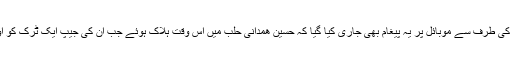
اس کے ساتھ ہی پاسداران انقلاب کے بعض ارکان کی طرف سے موبائل پر یہ پیغام بھی جاری کیا گیا کہ حسین ھمدانی حلب میں اس وقت ہلاک ہوئے جب ان کی جیپ ایک ٹرک کو اور ٹیک کرتے ہوئے بے قابو ہو کر الٹ گئی تھی۔